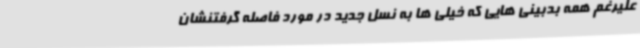
علیرغم همه بدبینی هایی که خیلی ها به نسل جدید در مورد فاصله گرفتنشان